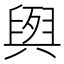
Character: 𮍭